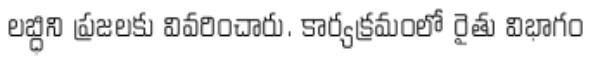
లబ్ధిని ప్రజలకు వివరించారు. కార్యక్రమంలో రైతు విభాగం